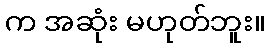
က အဆုံး မဟုတ်ဘူး။